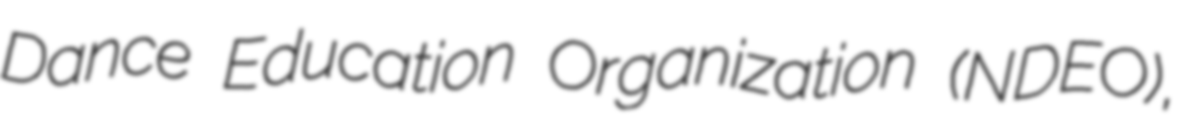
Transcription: Dance Education Organization (NDEO),